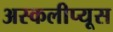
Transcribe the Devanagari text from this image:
अस्कलीप्यूस